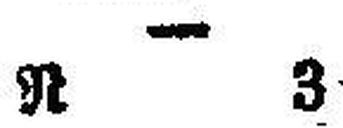
R 3